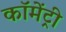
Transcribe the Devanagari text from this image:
कॉमेंट्री